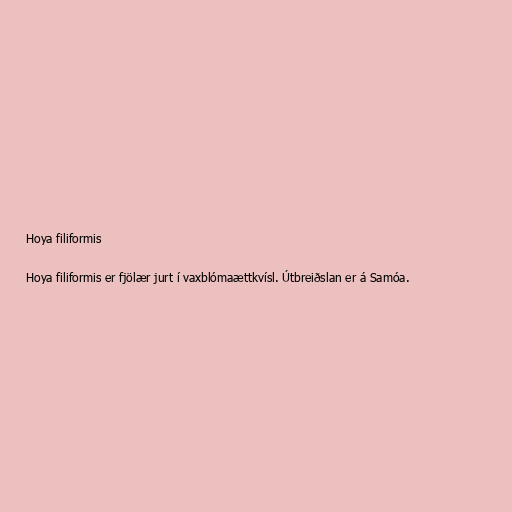
Hoya filiformis

Hoya filiformis er fjölær jurt í vaxblómaættkvísl. Útbreiðslan er á Samóa.